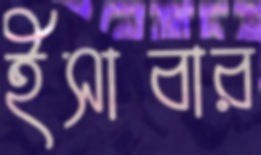
ইসাবার